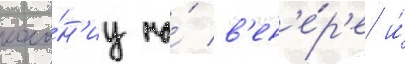
коло́н'иу на́ в'ен'е́р'е и́